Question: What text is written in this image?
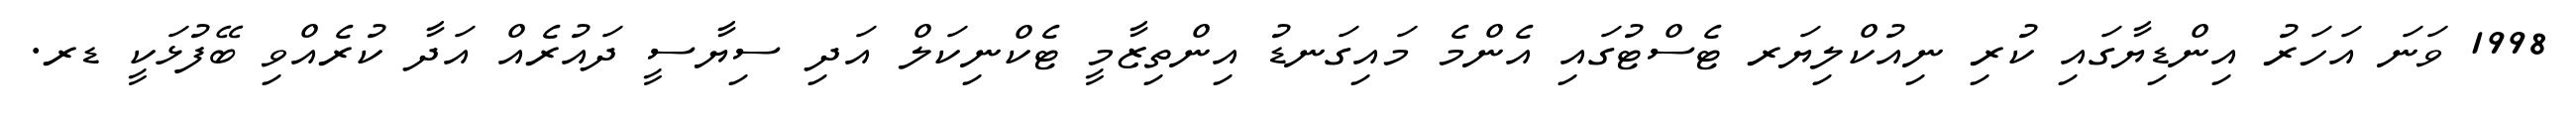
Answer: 1998 ވަނަ އަހަރު އިންޑިޔާގައި ކުރި ނިއުކްލިޔަރ ޓެސްޓުގައި އެންމެ މައިގަނޑު އިންތިޒާމީ ޓެކްނިކަލް އަދި ސިޔާސީ ދައުރެއް އަދާ ކުރެއްވި ބޭފުޅަކީ ޑރ.